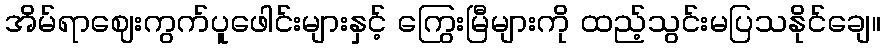
အိမ်ရာဈေးကွက်ပူဖေါင်းများနှင့် ကြွေးမြီများကို ထည့်သွင်းမပြသနိုင်ချေ။